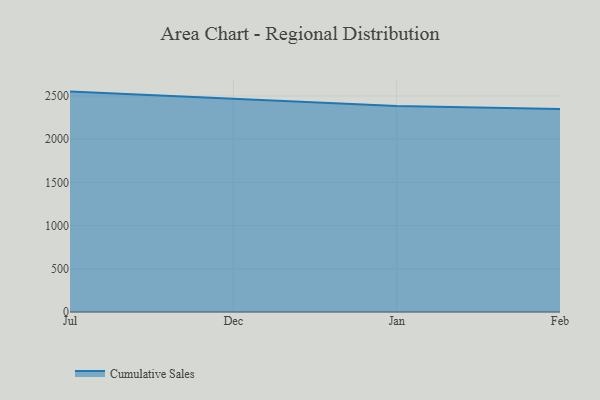
{"axis": {"x": "Month", "y": "Energy Usage (MWh)"}, "legend": ["Cumulative Sales"], "data": [{"x": "Jul", "y": 2550.8, "type": "Cumulative Sales"}, {"x": "Dec", "y": 2468.1, "type": "Cumulative Sales"}, {"x": "Jan", "y": 2384.2, "type": "Cumulative Sales"}, {"x": "Feb", "y": 2348.2, "type": "Cumulative Sales"}]}